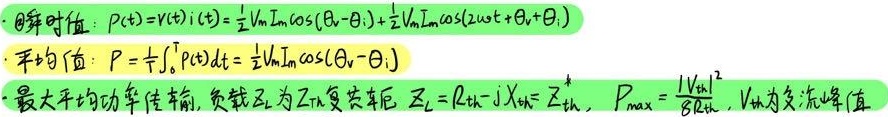
- 瞬时值：\(p(t)=v(t)i(t)=\frac{1}{2}V_{\text{m}}I_{\text{m}}\cos(\theta_{\text{v}}-\theta_{\text{i}})+\frac{1}{2}V_{\text{m}}I_{\text{m}}\cos(2\omega_{\text{s}}t+\theta_{\text{v}}+\theta_{\text{i}})\)
- 平均值：\(P = \frac{1}{T}\int_{0}^{T}p(t)dt=\frac{1}{2}V_{\text{m}}I_{\text{m}}\cos(\theta_{\text{v}}-\theta_{\text{i}})\)
- 最大平均功率传输，负载\(Z_{\text{L}}\)为\(Z_{\text{Th}}\)复共轭后 \(Z_{\text{L}} = R_{\text{Th}} - \text{j}X_{\text{Th}} = Z_{\text{Th}}^{*}\) ， \(P_{\text{max}}=\frac{\left|V_{\text{Th}}\right|^{2}}{8R_{\text{Th}}}\)，\(V_{\text{Th}}\)为交流峰值